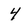
Character: 4